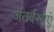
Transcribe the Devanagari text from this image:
अंतर्वस्तुएं